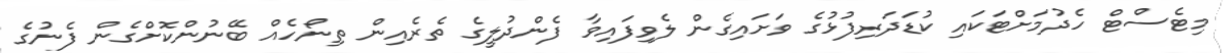
މިޓެސްޓް ހެދުމަށްޓަކައި ކުޑަދަރިފުޅުގެ ވަށައިގެން ލެވިފައިވާ ފެންދުލީގެ ތެރެއިން ތިނޯހެއް ބޭނުންކޮށްގެން ފެނުގެ